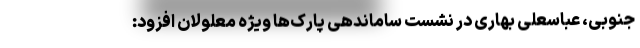
جنوبی، عباسعلی بهاری در نشست ساماندهی پارک‌ها ویژه معلولان افزود: